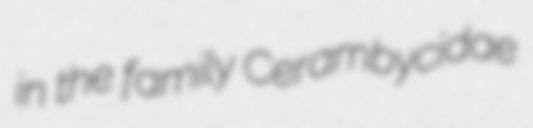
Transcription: in the family Cerambycidae